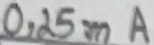
Text: 0,25mA